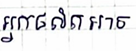
អ្នកផលិតអាច